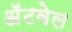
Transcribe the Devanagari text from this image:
अॅटवेल